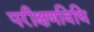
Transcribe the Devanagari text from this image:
परीक्षणविधि